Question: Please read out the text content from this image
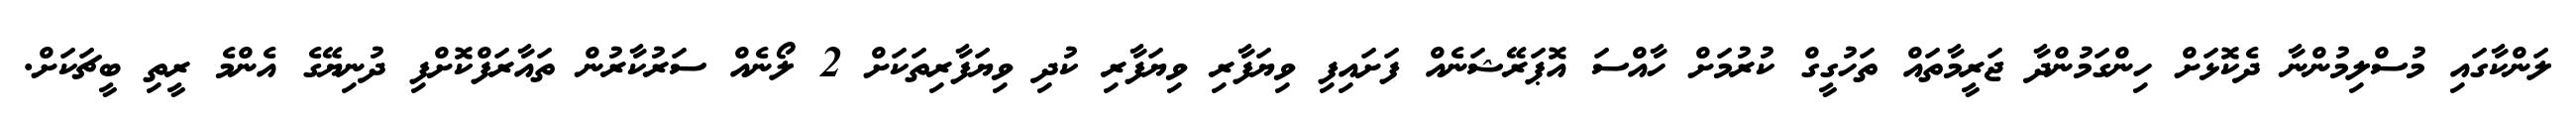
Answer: ލަންކާގައި މުސްލިމުންނާ ދެކޮޅަށް ހިންގަމުންދާ ޖަރީމާތައް ތަހުގީގް ކުރުމަށް ހާއްސަ އޮޕަރޭޝަނެއް ފަށައިފި ވިޔަފާރި ވިޔަފާރި ކުދި ވިޔަފާރިތަކަށް 2 ލޯނެއް ސަރުކާރުން ތައާރަފްކޮށްފި ދުނިޔޭގެ އެންމެ ރީތި ބީޗަކަށް.